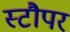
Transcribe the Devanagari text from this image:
स्टौपर